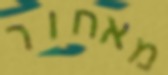
מאחור